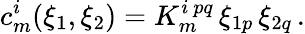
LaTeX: c_{m}^{i}(\xi_{1},\xi_{2})=K_{m}^{i~pq}\, \xi_{1p}\, \xi_{2q}\, .